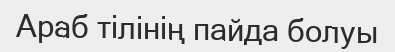
Араб тілінің пайда болуы